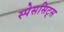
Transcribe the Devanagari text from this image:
स्पेससिट्स